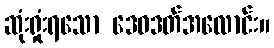
ဆုံးရှုံးရသော ဒေဝဒတ်အလောင်း။